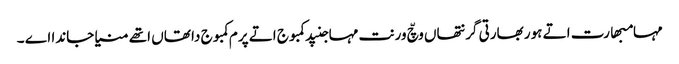
مہامبھارت اتے ہور بھارتی گرنتھاں وچّ ورنت مہاجنپد کمبوج اتے پرم کمبوج دا تھاں اتھے منیا جاندا اے ۔